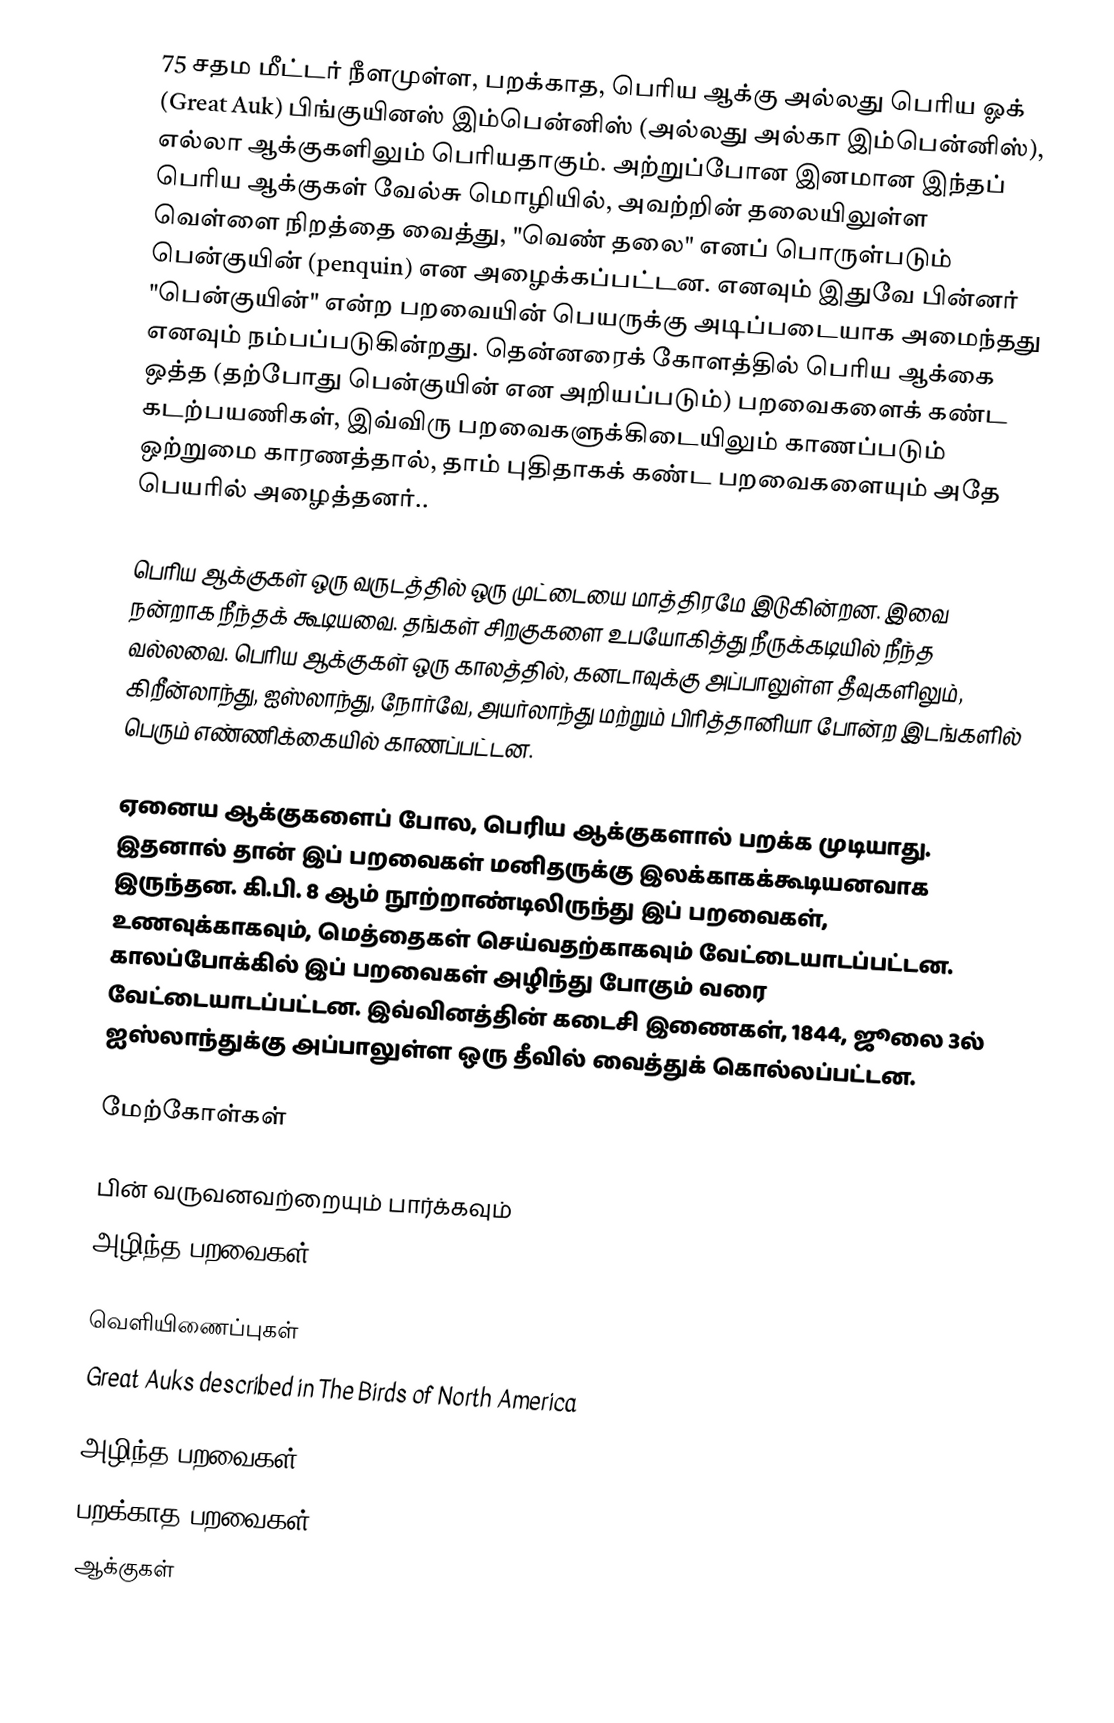
75 சதம மீட்டர் நீளமுள்ள, பறக்காத, பெரிய ஆக்கு அல்லது பெரிய ஓக் (Great Auk) பிங்குயினஸ் இம்பென்னிஸ் (அல்லது அல்கா இம்பென்னிஸ்), எல்லா ஆக்குகளிலும் பெரியதாகும். அற்றுப்போன இனமான இந்தப் பெரிய ஆக்குகள் வேல்சு மொழியில், அவற்றின் தலையிலுள்ள வெள்ளை நிறத்தை வைத்து, "வெண் தலை" எனப் பொருள்படும்  பென்குயின் (penquin) என அழைக்கப்பட்டன. எனவும் இதுவே பின்னர் "பென்குயின்" என்ற பறவையின் பெயருக்கு அடிப்படையாக அமைந்தது எனவும் நம்பப்படுகின்றது. தென்னரைக் கோளத்தில் பெரிய ஆக்கை ஒத்த (தற்போது பென்குயின் என அறியப்படும்) பறவைகளைக் கண்ட கடற்பயணிகள், இவ்விரு பறவைகளுக்கிடையிலும் காணப்படும் ஒற்றுமை காரணத்தால், தாம் புதிதாகக் கண்ட பறவைகளையும் அதே பெயரில் அழைத்தனர்..

பெரிய ஆக்குகள் ஒரு வருடத்தில் ஒரு முட்டையை மாத்திரமே இடுகின்றன. இவை நன்றாக நீந்தக் கூடியவை. தங்கள் சிறகுகளை உபயோகித்து நீருக்கடியில் நீந்த வல்லவை. பெரிய ஆக்குகள் ஒரு காலத்தில், கனடாவுக்கு அப்பாலுள்ள தீவுகளிலும், கிறீன்லாந்து, ஐஸ்லாந்து, நோர்வே, அயர்லாந்து மற்றும் பிரித்தானியா போன்ற இடங்களில் பெரும் எண்ணிக்கையில் காணப்பட்டன.

ஏனைய ஆக்குகளைப் போல, பெரிய ஆக்குகளால் பறக்க முடியாது. இதனால் தான் இப் பறவைகள் மனிதருக்கு இலக்காகக்கூடியனவாக இருந்தன. கி.பி. 8 ஆம் நூற்றாண்டிலிருந்து இப் பறவைகள், உணவுக்காகவும், மெத்தைகள் செய்வதற்காகவும் வேட்டையாடப்பட்டன. காலப்போக்கில் இப் பறவைகள் அழிந்து போகும் வரை வேட்டையாடப்பட்டன. இவ்வினத்தின் கடைசி இணைகள், 1844, ஜூலை 3ல் ஐஸ்லாந்துக்கு அப்பாலுள்ள ஒரு தீவில் வைத்துக் கொல்லப்பட்டன.

மேற்கோள்கள்

பின் வருவனவற்றையும் பார்க்கவும்
 அழிந்த பறவைகள்

வெளியிணைப்புகள்
 Great Auks described in The Birds of North America

அழிந்த பறவைகள்
பறக்காத பறவைகள்
ஆக்குகள்